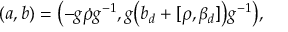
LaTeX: ( a , b ) = \bigl ( - g \dot { \rho } g ^ { - 1 } , g \bigl ( b _ { d } + [ \rho , \beta _ { d } ] \bigr ) g ^ { - 1 } \bigr ) ,